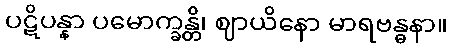
ပဋိပန္နာ ပမောက္ခန္တိ၊ ဈာယိနော မာရဗန္ဓနာ။